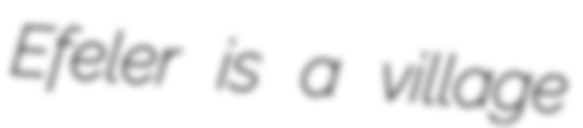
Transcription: Efeler is a village